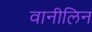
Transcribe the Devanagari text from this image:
वानीलिन